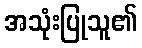
အသုံးပြုသူ၏